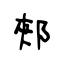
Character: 郟